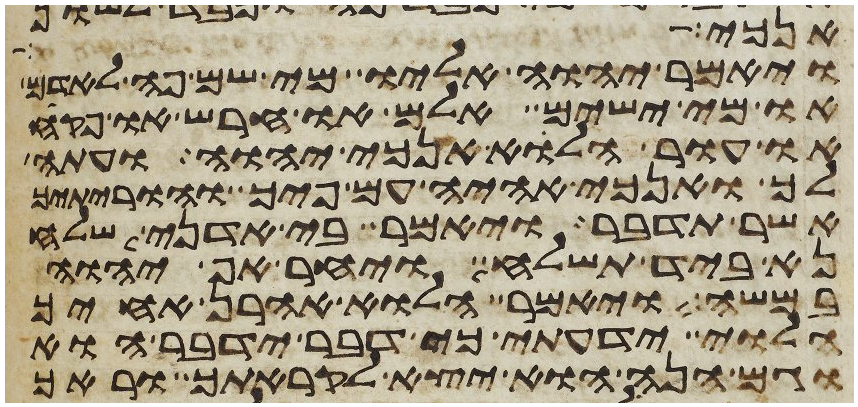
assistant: אנכי ותלך
ויאמר יהוה אליו מי שם פה לאדם
או מי ישים אלם או חרש או פקח
או עור הלוא אנכי יהוה ועתה
לך ואנכי אהיה עם פיך והוריתיך
אשר תדבר ויאמר בי אדני שלח
נא ביד תשלח ויחר אף יהוה
במשה ויאמר הלוא אהרן אחיך
הלוי ידעתי כי דבר ידבר הוא
וגם הנה הוא יצא לקראתך וראך